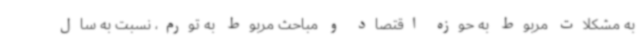
به مشکلات مربوط به حوزه اقتصاد و مباحث مربوط به تورم، نسبت به سال